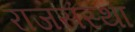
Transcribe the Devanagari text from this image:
राजसंस्था